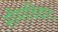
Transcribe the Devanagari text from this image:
सीमाविवाद